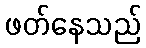
ဖတ်နေသည်